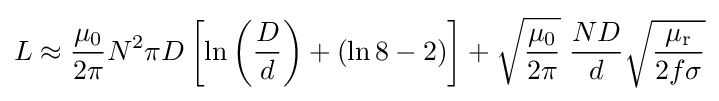
L\approx {\frac {\mu _{0}}{2\pi }}N^{2}\pi D\left[\ln \left({\frac {D}{d}}\right)+\left(\ln 8-2\right)\right]+{\sqrt {\frac {\mu _{0}}{2\pi }}}\;{\frac {ND}{d}}{\sqrt {\frac {\mu _{\text{r}}}{2f\sigma }}}